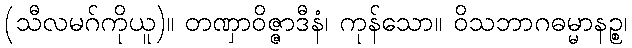
(သီလမဂ်ကိုယူ)။ တဏှာဝိဇ္ဇာဒီနံ၊ ကုန်သော။ ဝိသဘာဂဓမ္မာနဉ္စ၊